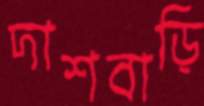
দাশবাড়ি